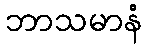
ဘာသမာနံ